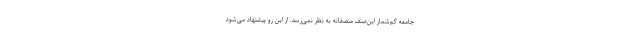
جامعه کم‌شمار این‌صنف منصفانه به نظر نمی‌رسد. از این رو پیشنهاد می‌شود